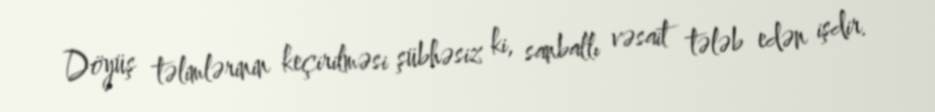
Döyüş təlimlərinin keçirilməsi şübhəsiz ki, sanballı vəsait tələb edən işdir.